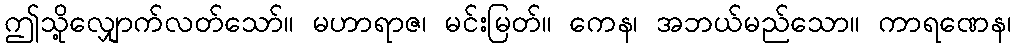
ဤသို့လျှောက်လတ်သော်။ မဟာရာဇ၊ မင်းမြတ်။ ကေန၊ အဘယ်မည်သော။ ကာရဏေန၊